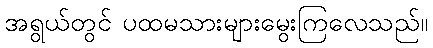
အရွယ်တွင် ပထမသားများမွေးကြလေသည်။